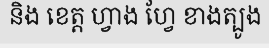
និង ខេត្ត ហ្វាង ហ្វែ ខាងត្បូង